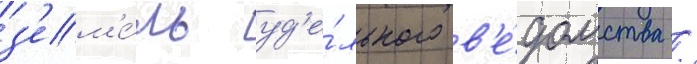
з'ем'е́ль уд'е́льного в'е́домства /